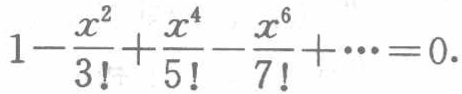
\(1-\frac{x^{2}}{3!}+\frac{x^{4}}{5!}-\frac{x^{6}}{7!}+\cdots =0\)